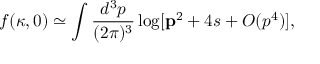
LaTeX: f ( \kappa , 0 ) \simeq \int \frac { d ^ { 3 } p } { ( 2 \pi ) ^ { 3 } } \log [ { \bf p } ^ { 2 } + 4 s + O ( p ^ { 4 } ) ] ,